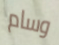
وسام